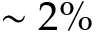
\sim 2 \%